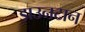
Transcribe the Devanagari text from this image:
डाउनटान